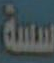
سسة